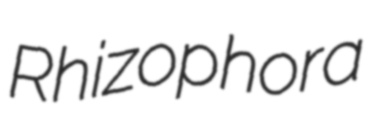
Rhizophora